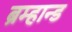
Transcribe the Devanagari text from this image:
ब्रम्हान्ड